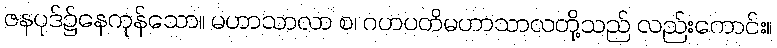
ဇနပုဒ်၌နေကုန်သော။ မဟာသာလာ စ၊ ဂဟပတိမဟာသာလတို့သည် လည်းကောင်း။